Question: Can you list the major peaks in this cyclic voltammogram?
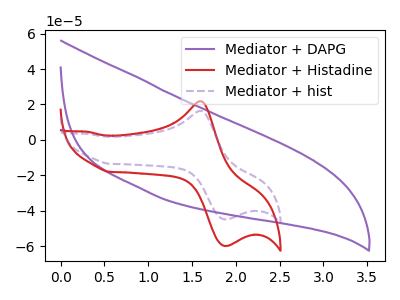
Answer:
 <answer>The purple curve "Mediator + DAPG" has no peaks. The red curve "Mediator + Histadine" has an anodic peak at (1.60V, 21.85uA) and a cathodic peak at (1.85V, -59.85uA). The purple dashed curve "Mediator + hist" has an anodic peak at (1.60V, 16.35uA) and a cathodic peak at (1.85V, -44.85uA).</answer>
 <eval></eval>